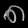
Digit: ၈